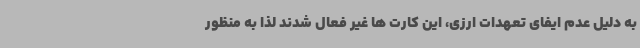
به دلیل عدم ایفای تعهدات ارزی، این کارت ها غیر فعال شدند لذا به منظور